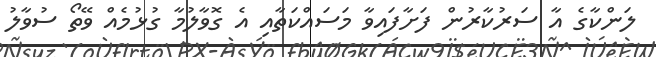
ލަންކާގެ އާ ސަރުކާރުން ފަށާފައިވާ މަސައްކަތާއި އެ ގޮވާލުމާ ގުޅުމެއް ވޭތޯ ސުވާލު